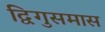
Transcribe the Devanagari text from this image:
द्विगुसमास